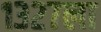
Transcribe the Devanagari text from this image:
१३२७ला